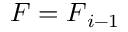
\boldsymbol { F } = \boldsymbol { F } _ { i - 1 }